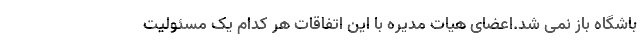
باشگاه باز نمی شد.اعضای هیات مدیره با این اتفاقات هر کدام یک مسئولیت